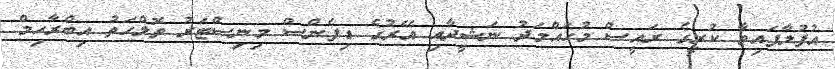
އުފުލާފައިވާ ކުރީގެ ރައީސް މުހައްމަދު ނަޝީދާއި އޭރުގެ ޑިފެންސް މިނިސްޓަރު ތޮލްހަތު އިބްރާހިމް